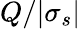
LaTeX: Q/|\sigma_{s}|